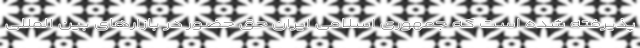
پذیرفته شده است که جمهوری اسلامی ایران حق حضور در بازارهای بین المللی